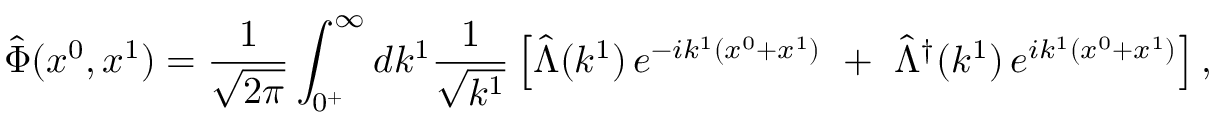
\hat { \Phi } ( x ^ { 0 } , x ^ { 1 } ) = \frac { 1 } { \sqrt { 2 \pi } } \int _ { 0 ^ { + } } ^ { \infty } d k ^ { 1 } \frac { 1 } { \sqrt { k ^ { 1 } } } \left[ \hat { \Lambda } ( k ^ { 1 } ) \, e ^ { - i k ^ { 1 } ( x ^ { 0 } + x ^ { 1 } ) } \, \, + \, \, \hat { \Lambda } ^ { \dagger } ( k ^ { 1 } ) \, e ^ { i k ^ { 1 } ( x ^ { 0 } + x ^ { 1 } ) } \right] ,